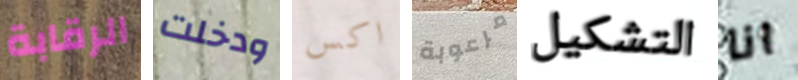
الرقابة ودخلت اكس مرعوبة التشكيل انا